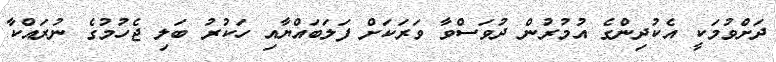
ދަށްވުމަކީ އެކުދިންގެ އުމުރުން ދުވަސްވާ ވަރަކަށް ފަލަބައްޔާއި ހަކުރު ބަލި ޖެހުމުގެ ނުރައްކާ